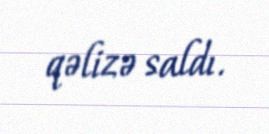
qəlizə saldı.